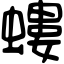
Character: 螻